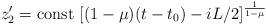
LaTeX: \begin{align*}z'_2 = {\rm const}~ [(1-\mu )(t-t_0) - iL/2]^{\frac{1}{1-\mu }}\end{align*}